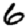
Digit: 6